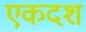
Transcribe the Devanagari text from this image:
एकदश